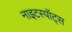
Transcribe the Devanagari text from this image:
नाइटस्पॉट्स